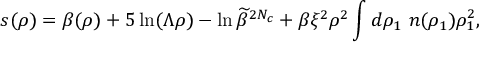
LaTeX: s ( \rho ) = \beta ( \rho ) + 5 \ln ( \Lambda \rho ) - \ln \widetilde \beta ^ { 2 N _ { c } } + \beta \xi ^ { 2 } \rho ^ { 2 } \int d \rho _ { 1 } ~ n ( \rho _ { 1 } ) \rho _ { 1 } ^ { 2 } ,